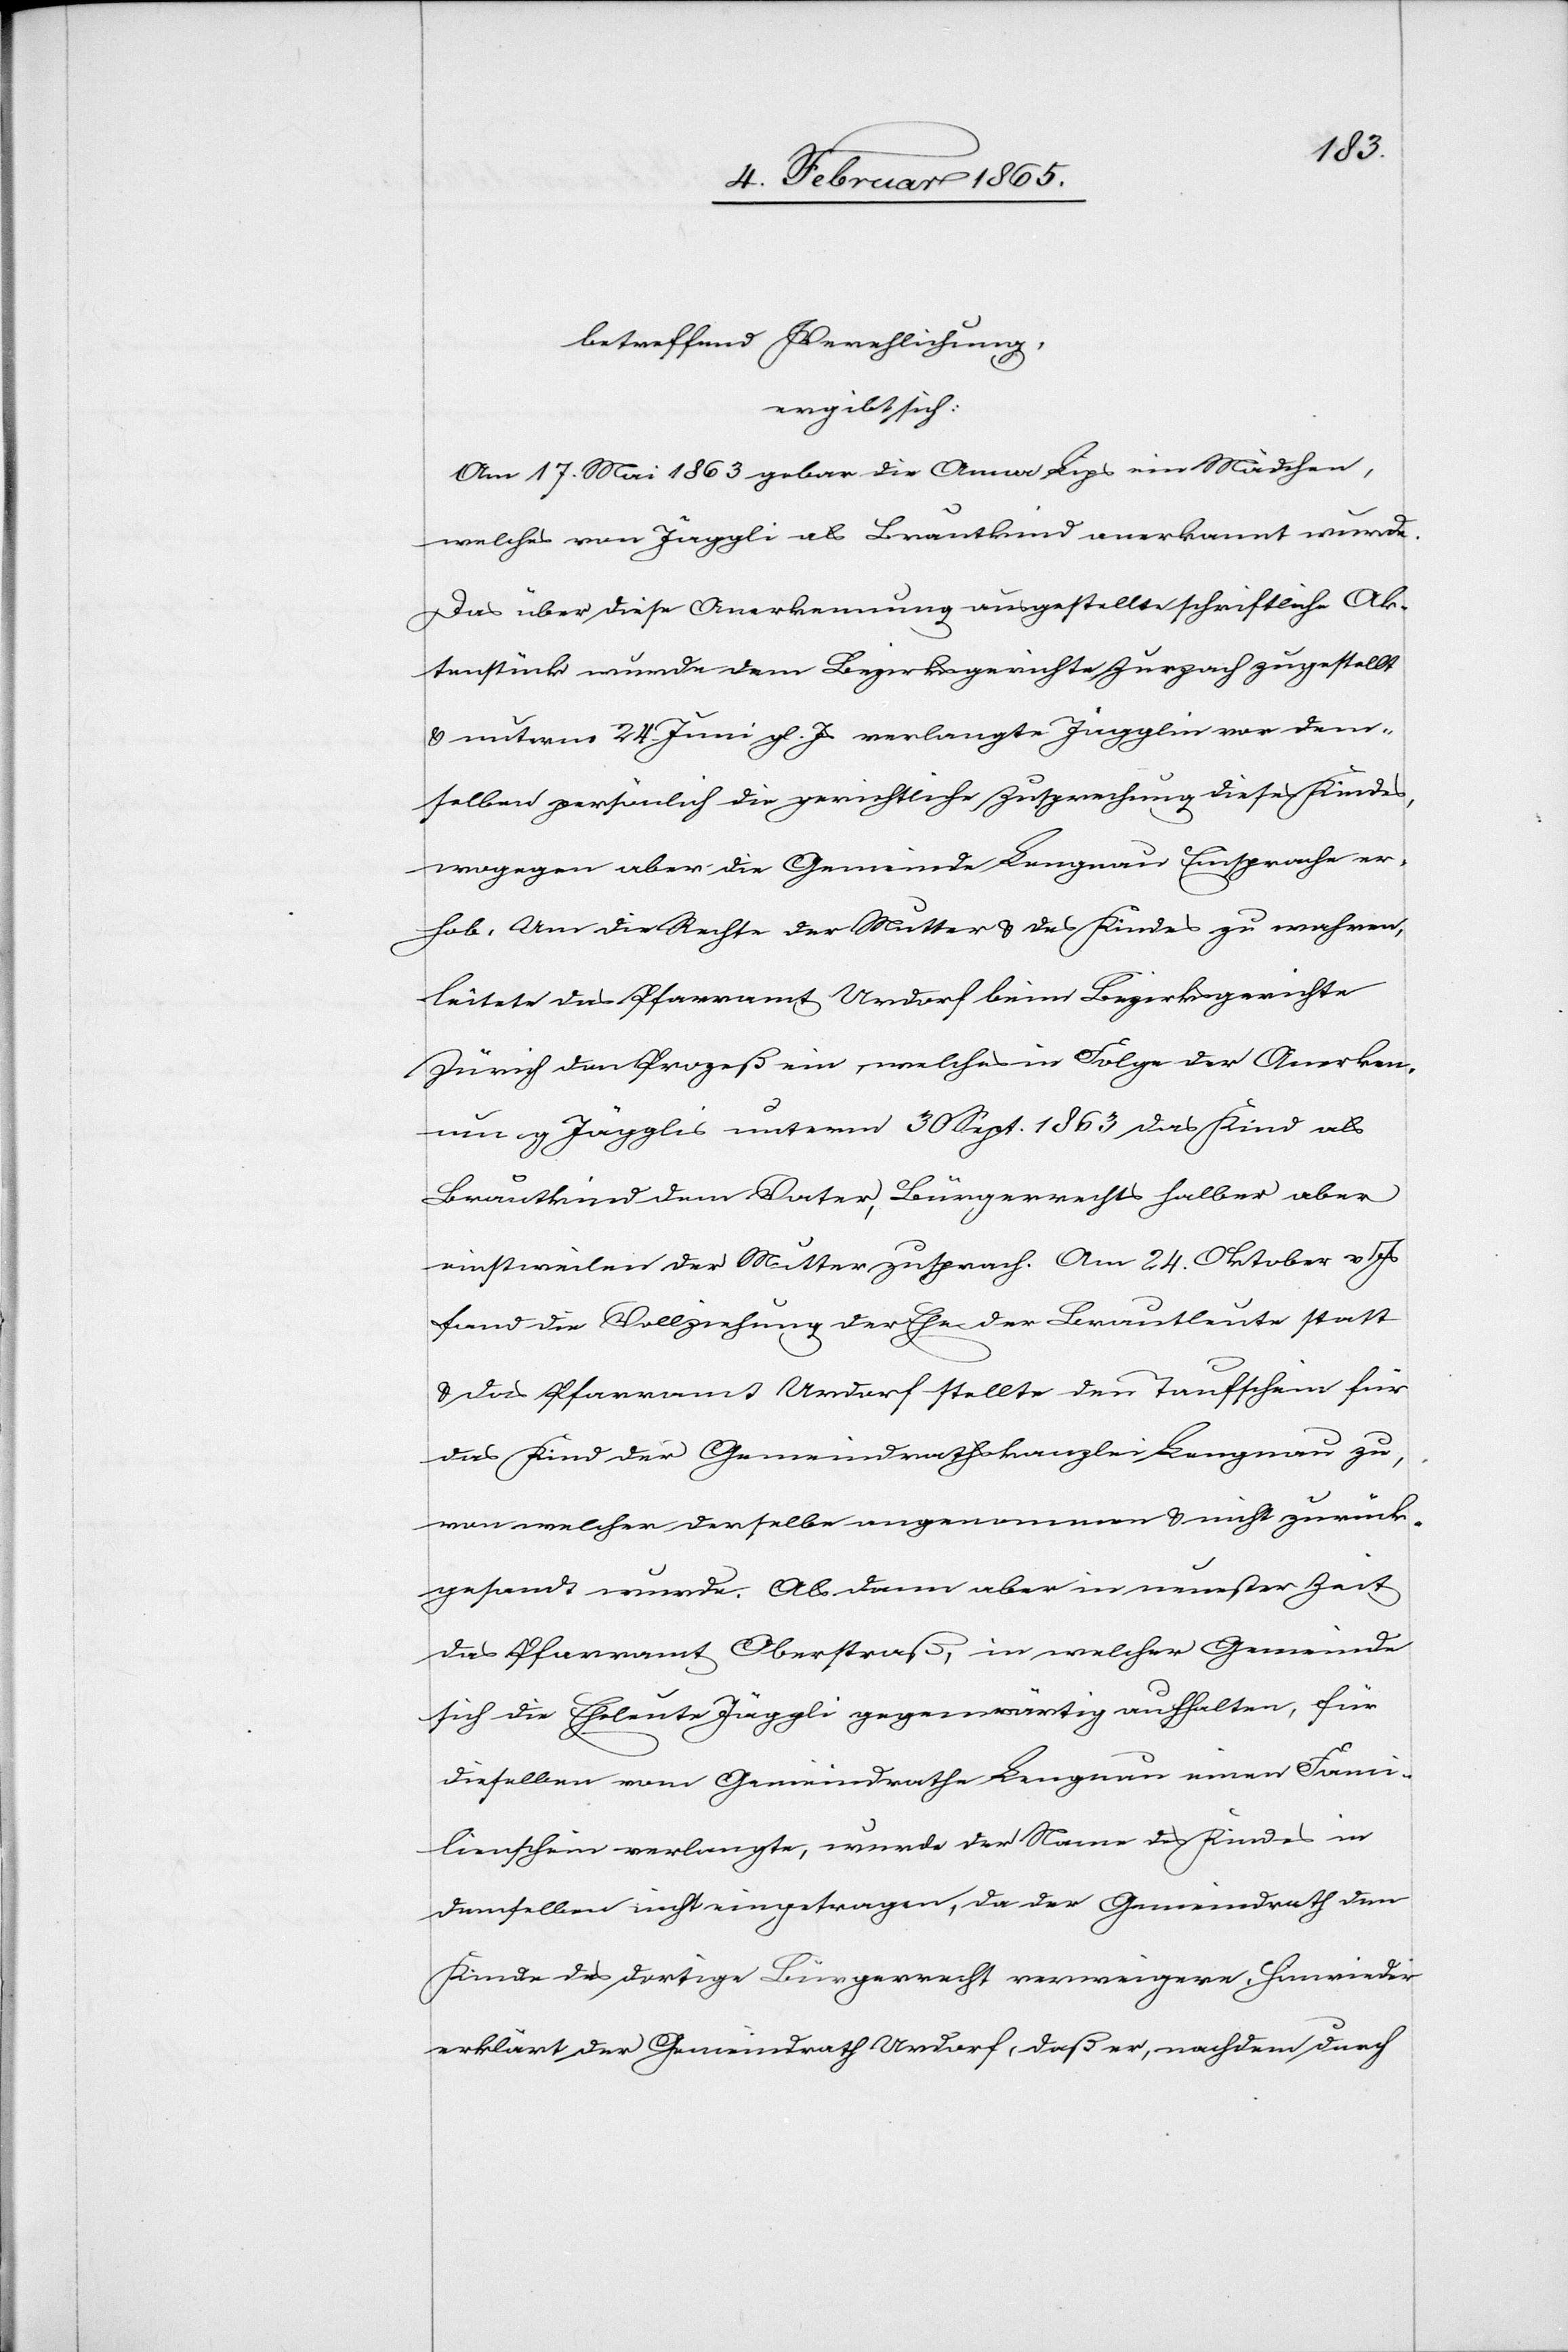
betreffend Verehlichung,
ergibt sich:
Am 17. Mai 1863 gebar die Anna Lips ein Mädchen,
welches von Jäggli als Brautkind anerkannt wurde.
Das über diese Anerkennung ausgestellte schriftliche Ak¬
tenstück wurde dem Bezirksgerichte Zurzach zugestellt
u. unterm 24. Juni gl. Js. verlangte Jägglin [sic!] vor dem¬
selben persönlich die gerichtliche Zusprechung dieses Kindes,
wogegen aber die Gemeinde Lengnau Einsprache er¬
hob. Um die Rechte der Mutter u. des Kindes zu wahren,
leitete das Pfarramt Urdorf beim Bezirksgerichte
Zürich den Prozeß ein, welches in Folge der Anerkenn¬
ung Jägglis unterm 30 Sept. 1863 das Kind als
Brautkind dem Vater, Bürgerrechts halber aber
einstweilen der Mutter zusprach. Am 24. Oktober v. Js
fand die Vollziehung der Ehe der Brautleute statt
u. das Pfarramt Urdorf stellte den Taufschein für
das Kind der Gemeindrathskanzlei Lengnau zu,
von welcher derselbe angenommen u. nicht zurück¬
gesandt wurde. Als dann aber in neuester Zeit
das Pfarramt Oberstraß, in welcher Gemeinde
sich die Eheleute Jäggli gegenwärtig aufhalten, für
dieselben vom Gemeindrathe Lengnau einen Fami¬
lienschein verlangte, wurde der Name des Kindes in
demselben nicht eingetragen, da der Gemeindrath den
Kinde das dortige Bürgerrecht verweigere. Hinwieder
erklärt der Gemeindrath Urdorf, daß er, nachdem durch